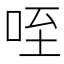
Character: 咥